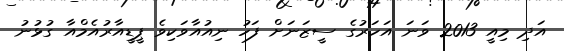
އަދި މިއީ 2013 ވަނަ އަހަރުގެ ސީޒަނަށް ފަހު ނިއުއާވަކިވެ ޕީޑީއާރުއެމްއާ ގުޅުނު